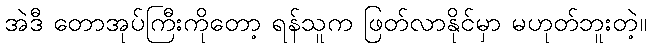
အဲဒီ တောအုပ်ကြီးကိုတော့ ရန်သူက ဖြတ်လာနိုင်မှာ မဟုတ်ဘူးတဲ့။